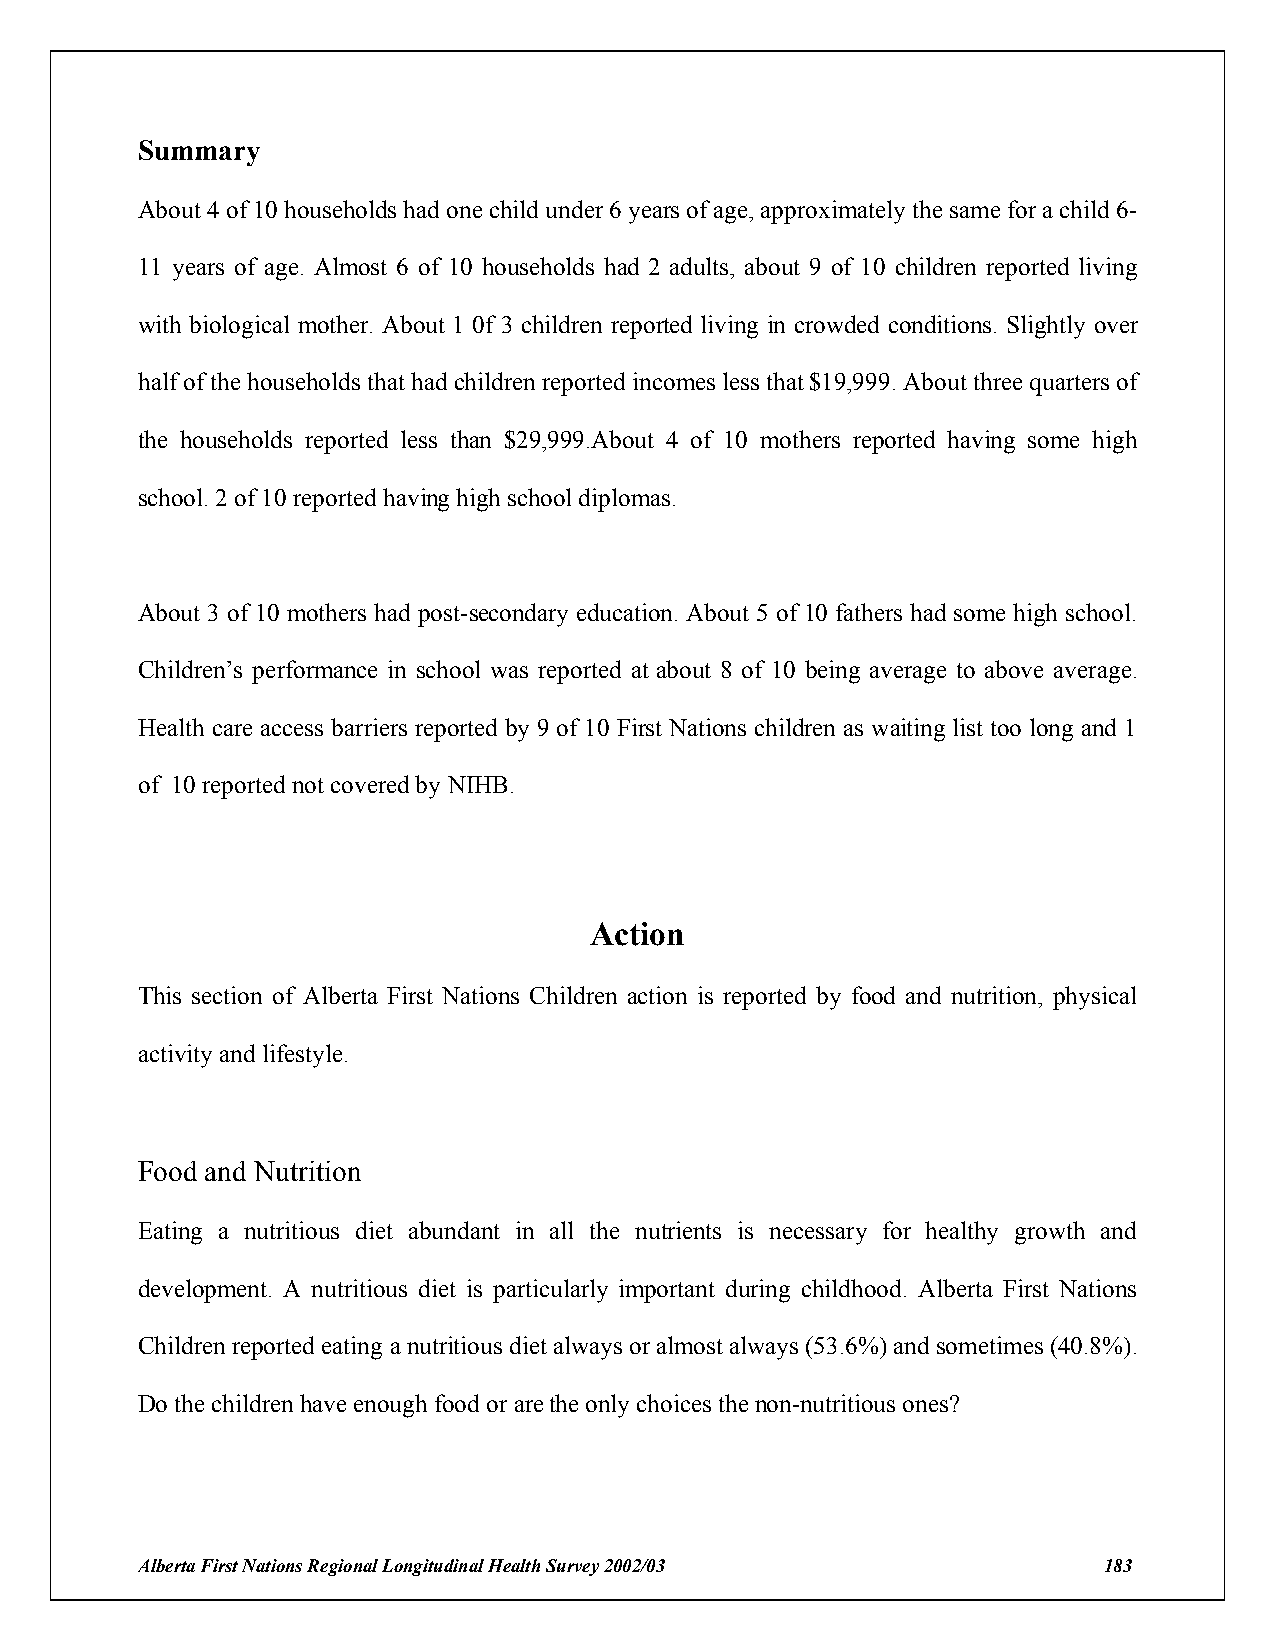
Summary
 About 4 of 10 households had one child under 6 years of age, approximately the same for a child 6-
 11 years of age. Almost 6 of 10 households had 2 adults, about 9 of 10 children reported living
 with biological mother. About 1 0f 3 children reported living in crowded conditions. Slightly over
 half of the households that had children reported incomes less that $19,999. About three quarters of
 the households reported less than $29,999.About 4 of 10 mothers reported having some high
 school. 2 of 10 reported having high school diplomas.
 About 3 of 10 mothers had post-secondary education. About 5 of 10 fathers had some high school.
 Children’s performance in school was reported at about 8 of 10 being average to above average.
 Health care access barriers reported by 9 of 10 First Nations children as waiting list too long and 1
 of 10 reported not covered by NIHB.
 Action
 This section of Alberta First Nations Children action is reported by food and nutrition, physical
 activity and lifestyle.
 Food and Nutrition
 Eating a nutritious diet abundant in all the nutrients is necessary for healthy growth and
 development. A nutritious diet is particularly important during childhood. Alberta First Nations
 Children reported eating a nutritious diet always or almost always (53.6%) and sometimes (40.8%).
 Do the children have enough food or are the only choices the non-nutritious ones?
 Alberta First Nations Regional Longitudinal Health Survey 2002/03 183